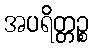
အပရိတ္တဉ္စ